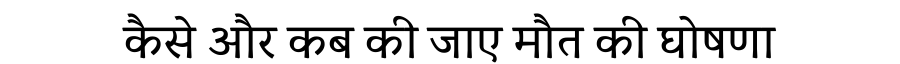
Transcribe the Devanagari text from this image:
कैसे और कब की जाए मौत की घोषणा